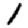
Digit: 1